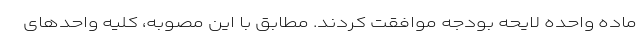
ماده واحده لایحه بودجه موافقت کردند. مطابق با این مصوبه، کلیه واحدهای